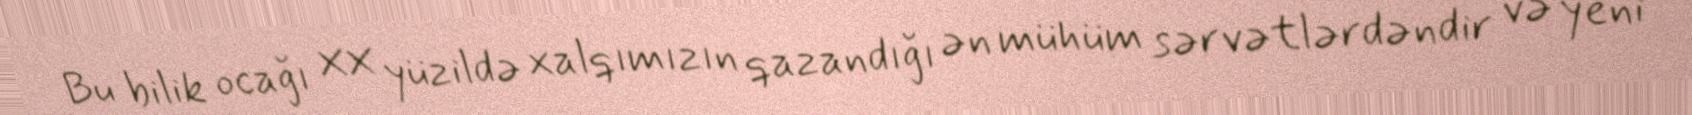
Bu bilik ocağı XX yüzildə xalqımızın qazandığı ən mühüm sərvətlərdəndir və yeni